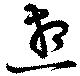
想